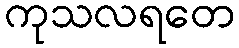
ကုသလရတေ